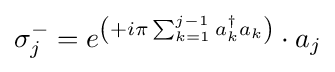
\sigma _{j}^{-}=e^{\left(+i\pi \sum _{k=1}^{j-1}a_{k}^{\dagger }a_{k}\right)}\cdot a_{j}